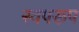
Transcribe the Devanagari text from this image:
स्वपरूप